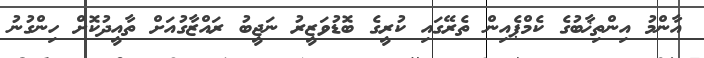
އާންމު އިންތިޚާބުގެ ކެމްޕެއިން ތެރޭގައި ކުރީގެ ބޮޑުވަޒީރު ނަޖީބު ރައްޒާގުއަށް ތާއީދުކޮށް ހިންގުނު